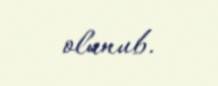
olunub.